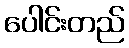
ပေါင်းတည်